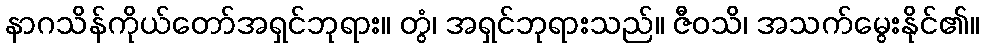
နာဂသိန်ကိုယ်တော်အရှင်ဘုရား။ တွံ၊ အရှင်ဘုရားသည်။ ဇီဝသိ၊ အသက်မွေးနိုင်၏။